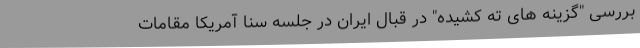
بررسی "گزینه های ته کشیده" در قبال ایران در جلسه سنا آمریکا مقامات